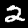
Label: 2